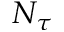
N _ { \tau }